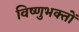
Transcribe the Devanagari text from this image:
विष्णुभक्तों